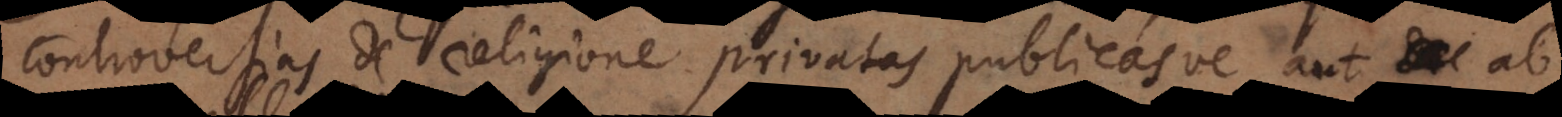
controversias de religione privatas publicasve aut ab